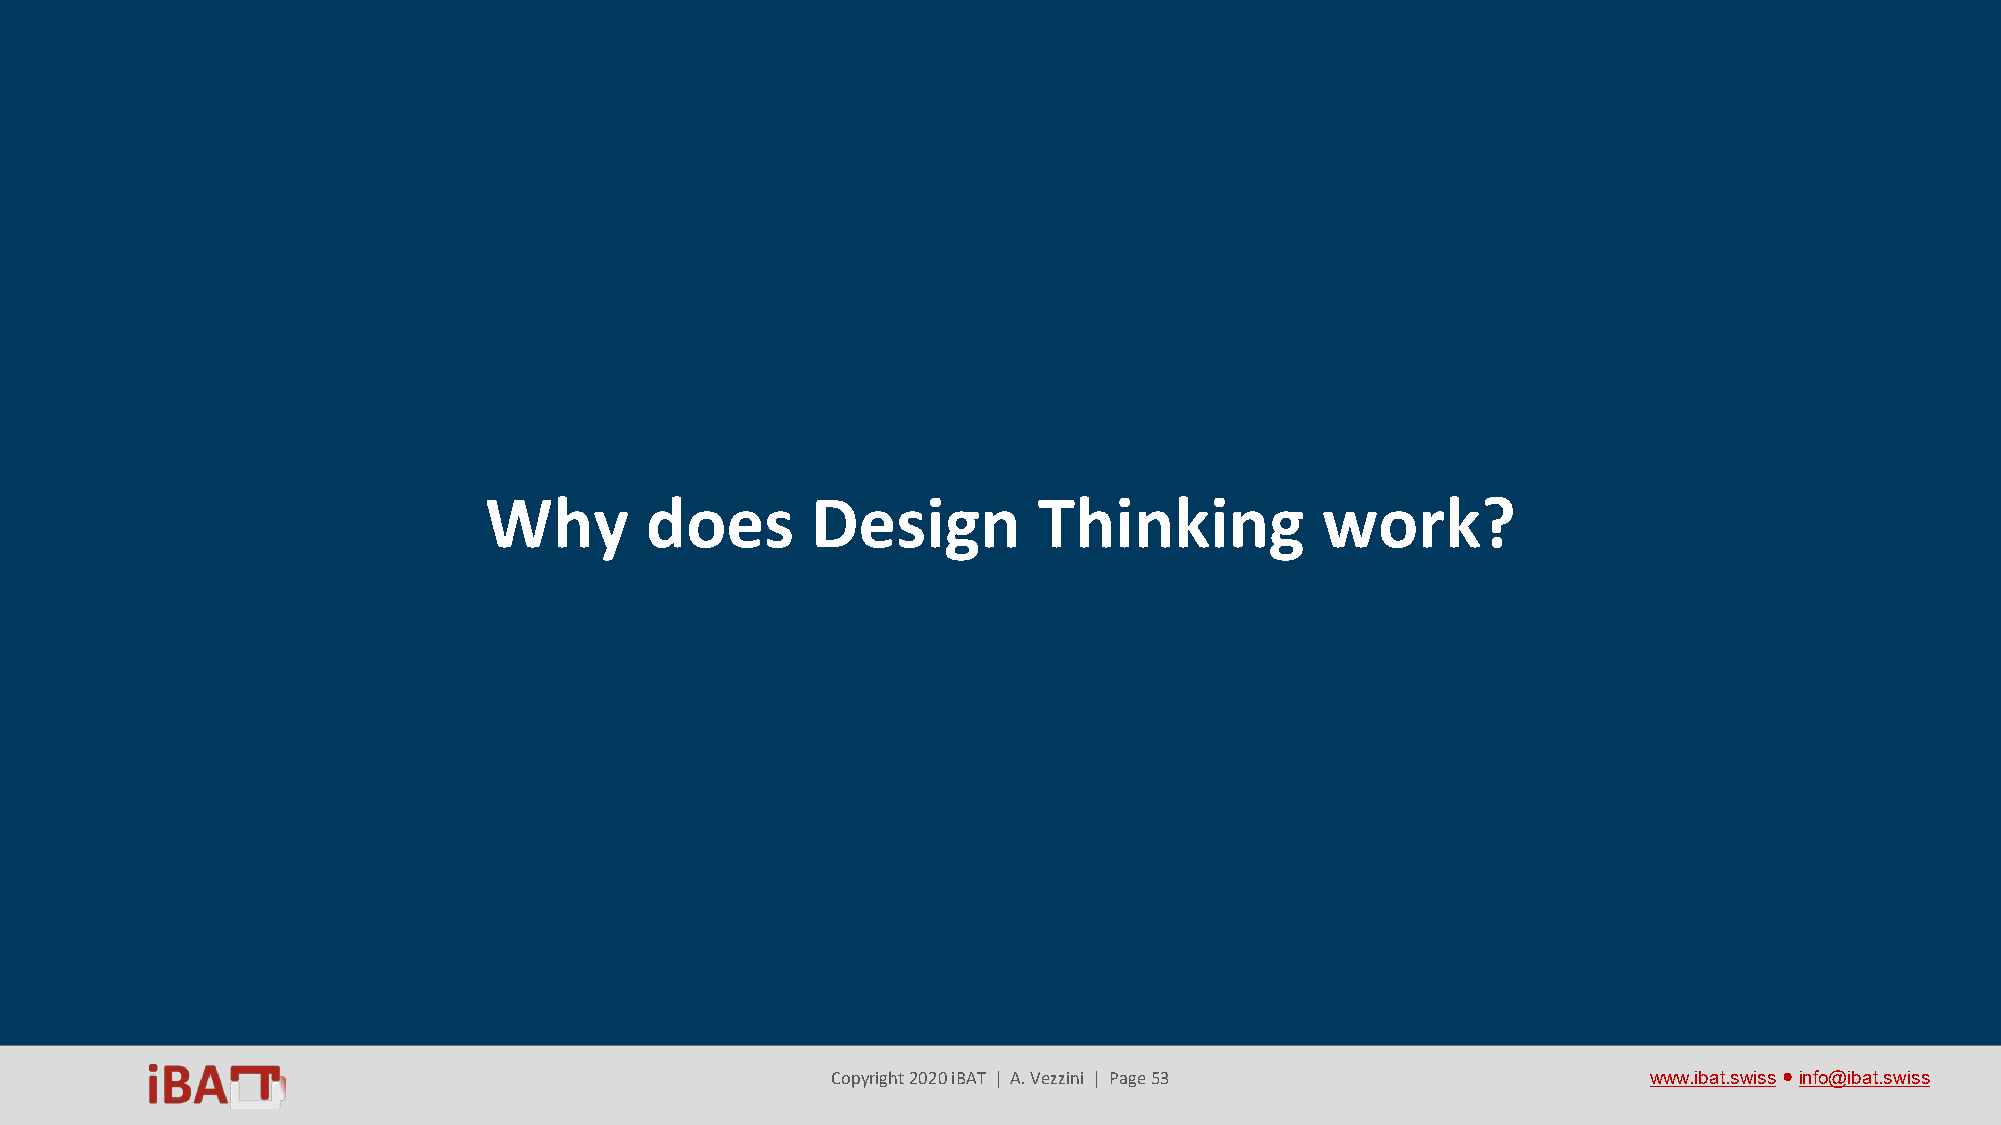
Why        does       Design         Thinking          work?
 Copyright 2020 iBAT | A. Vezzini | Page 53            www.ibat.swiss●info@ibat.swiss